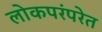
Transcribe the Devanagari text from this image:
लोकपरंपरेत